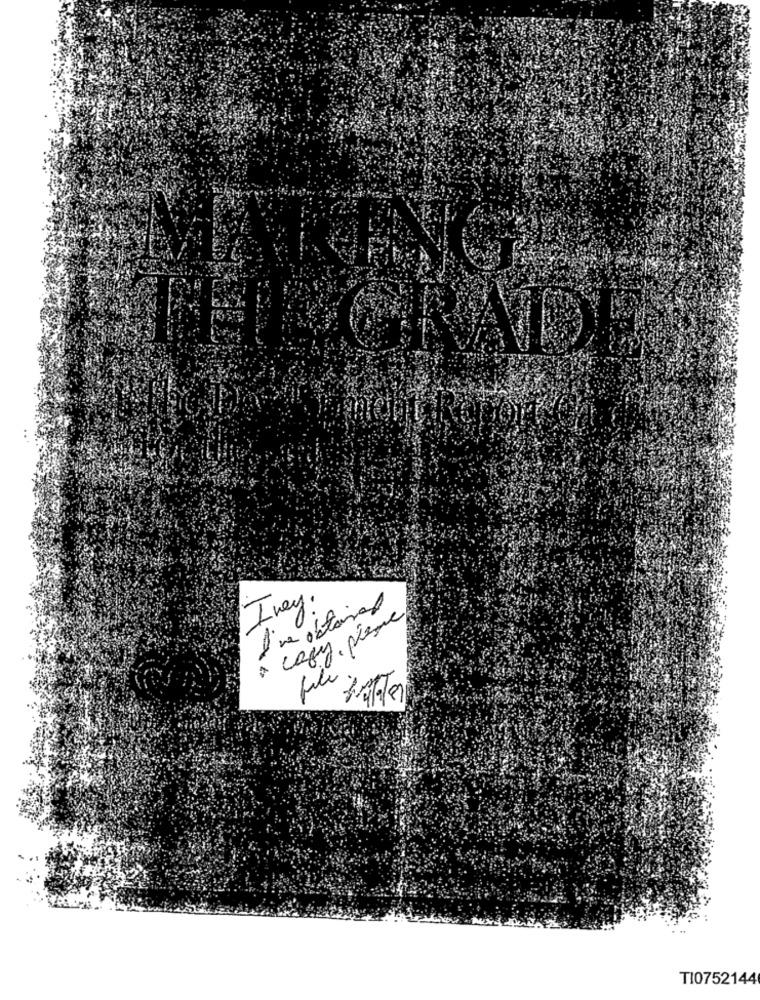
THEGRADI
Ivey.
a copy, prese
70
TI0752144